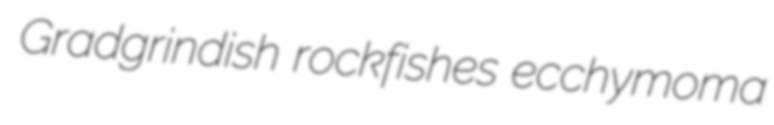
Gradgrindish rockfishes ecchymoma